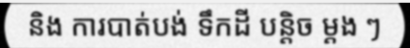
និង ការបាត់បង់ ទឹកដី បន្តិច ម្តង ៗ